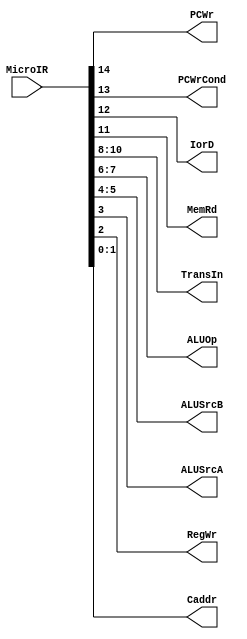
`timescale 1ns/1ps
module muIR (
    input [14:0] MicroIR,
    output PCWr,
    output PCWrCond,
    output IorD,
    output MemRd,
    output [2:0] TransIn,
    output [1:0] ALUOp,
    output [1:0] ALUSrcB,
    output ALUSrcA,
    output RegWr,
    output [1:0] Caddr
);
    assign PCWr = MicroIR[14];
    assign PCWrCond = MicroIR[13];
    assign IorD = MicroIR[12];
    assign MemRd = MicroIR[11];
    assign TransIn = MicroIR[10:8];
    assign ALUOp = MicroIR[7:6];
    assign ALUSrcB = MicroIR[5:4];
    assign ALUSrcA = MicroIR[3];
    assign RegWr = MicroIR[2];
    assign Caddr = MicroIR[1:0];
endmodule